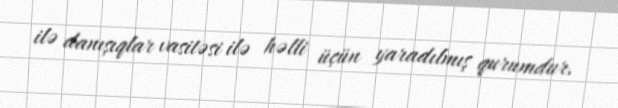
ilə danışıqlar vasitəsi ilə həlli üçün yaradılmış qurumdur.